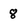
Character: 8